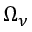
\Omega _ { \nu }